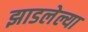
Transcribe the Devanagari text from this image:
झाडलेल्या